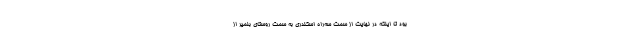
بود تا اینکه در نهایت از سمت سه‌راه اسکندری به سمت روستای بلمیر از